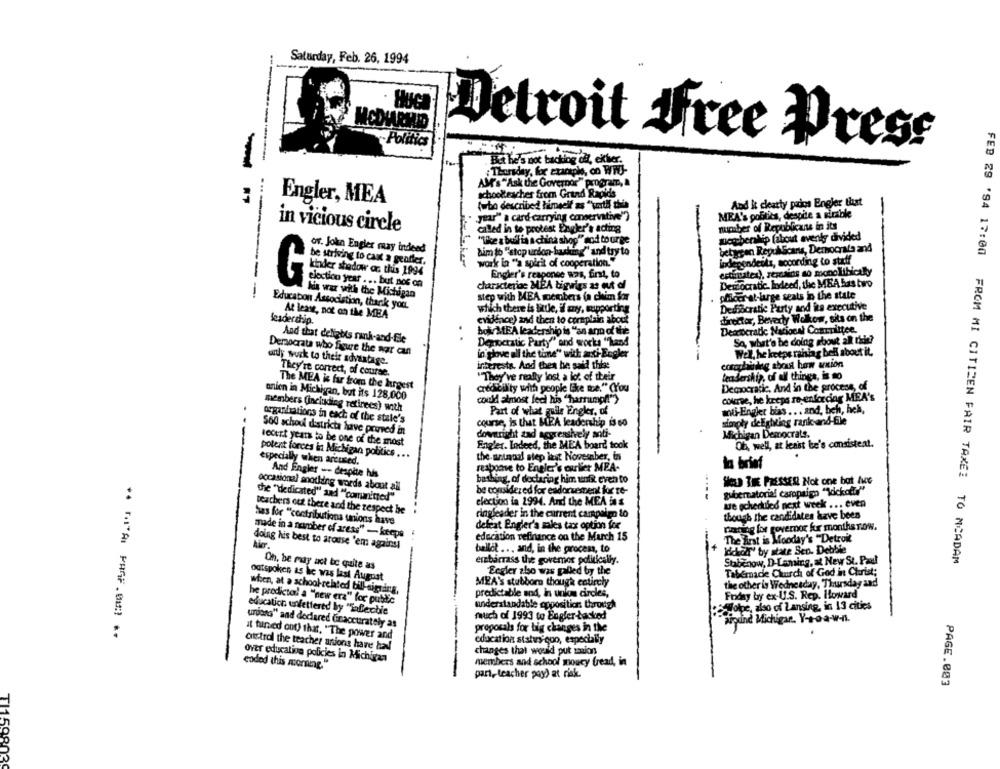
Saturday, Feb. 26, 1994
-
Politics
Detroit free Press
.Bet he's not backing di, ekiver.
-
:Thursday, for example, co WW-
AM's "Ask the Governor" program,
Engler, MEA
schoolteacher from Grand Rapids
(who described himself as "until this
And it cleatty pados Engler that
MEA's politics, despite a simbole
year" a card-carrying conservative"?
in vicious circle
called in to protest Engler's acting
number of Republicans in its
seg-benlip (about eventy divided
"Tike a buff is a china shop
og" cod to orge
----
or. John Engler my indeed
him to "stop urdon-hanter
askmy" and try to
between Repul Scans, Democrats and
be striving to cant a gentler.
independents, according to staff
work la "a spirit of cooperation.""
--
Engler's response was, first, to
estimates), sercains so monolithicalty
election year ... but nos on
tocratic. Indeed, the MEA bas two
characterioe MEA tigvigs as out of
-
his war with the Michigan
step with MEA members (a chim for
placer at-large seats in the state
Education Association, thank you.
which there is little, if any, supporting
Desocratic Party and ita executive
At least, not on the MEA
leadership.
evidence) and then to complain about
director, Beverly Wolkow, sits on the
boksMEA leadership is "an arm of the
Descocratic National Committee.
And that deliabts rank-and-file
. .
Democratic Party" and works "hand
So, what's be doing about ak thde?
Democrata who figure the war can
in glove all the time" with anti-Engler
Well, he keeps raising bell about it.
utly work to their advantage.
interests. And then he said thise
complaining about how arxion
They're correct, of course.
"They've realty lost a lot of their
leadership, of all things, is so
The MEA is far from the largest
credibility with people Give me." (You
Democratic, And in the process, of
anien in Michigan, but its 128,000
could atmost feel his "harrumpf!")
course, he keeps re enforcing MEA's
members (including retirees) woth
Part of what guile Engler, of
wii-Engler bis ... and, beh, heh,
organizations in each of the stale's
course, is that MIZA leadership is 60
simply delighting rank-and-file
560 school districta luve pruved in
downright zad aggressively anti-
Michigan Democrats.
recent years to be one of the most
Engler. Indeed, the MEA board took
Ob, well, at least be's consistent.
potent forces in Michigan politics ...
especially when arcused.
the untqual step inst Novesnber, in
response to Engler's ourlier MEA-
In brief
And Engler -- despite his
bashing, of doctaring him unfit even to
How THE PRESSER Not one bat hice
------
occasional anothing words about all
be considered for eadorestent for te-
gubernatorial caropaign "Idickofte"
che "dedicated" and "committed"
election ia 2994. And the MEA ins
we scheduled next week ... even
teachers out there and the respect be
ringleader in the current campaign to
though the candidates have been
has for "contributions unions have
defeat Engler's sales tax option for
pating for governor for months Tow.
made in a number of aress" - keeps
education refinance on the Murch 15
The First is Mooday's "Detroit
doing his best to arouse 'em against
ballot ... and, in the process, to
ddar by state Sen- Debbie
embarrass the govemer politically.
Stabenow, D-Laming, at New St. Paul
FEB 29 '94 17:00 FROM MI CITIZEN FAIR TAXEE TO MCADAM
Oh, be maty act be quite as
outspoken as he was last August
Ecgler also was galled by the
Tabernacie Church of God in Christ;
MEA's stubborn though entirely
the other is Wednesday, Thursday and
when, at a school-related bill-signing,
predictable and, in unk circles,
he predicta! a "new era" for public
Fodny by ex-U.S. Rep. Howard
understandable opposition: through
Wolpe, also of Lansing, in 13 cities
education unfettered by "affectie
much of 1993 to Engler-backed
-
undons" and dedered dinaccurately as
winxind Michigan, Y-to-a-w-nl.
proposals for big changes in the
* M'A PROF.01:) **
at tuned out) that. "The power and
ototrol the teacher unions have had
education status quo, especially
changes that would put saion
over educativa policies in Michiran
ended this morning."
members and school moucy fread, in
part, teacher pay) at risk.
PAGE.003
TI159803